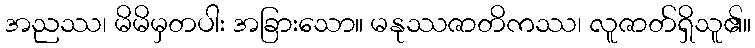
အညဿ၊ မိမိမှတပါး အခြားသော။ မနုဿဇာတိကဿ၊ လူဇာတ်ရှိသူ၏။